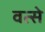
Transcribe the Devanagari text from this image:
वत्से